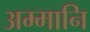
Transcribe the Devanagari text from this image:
अम्मानि